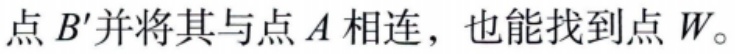
点 \(B'\) 并将其与点 \(A\) 相连，也能找到点 \(W\)。